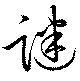
謎